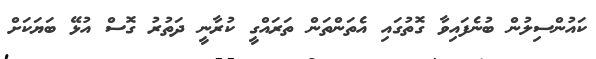
ކައުންސިލުން ބުނެފައިވާ ގޮތުގައި އެތަންތަން ތަރައްގީ ކުރާނީ ދަތުރު ގޮސް އުޅޭ ބަޔަކަށް